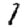
Digit: 1